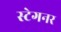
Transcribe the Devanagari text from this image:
स्टेगनर